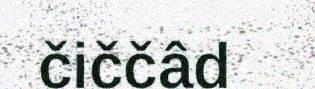
čiččâd